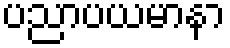
ပညာပယမာနာ